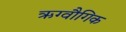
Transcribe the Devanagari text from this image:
ऋग्वौगिक